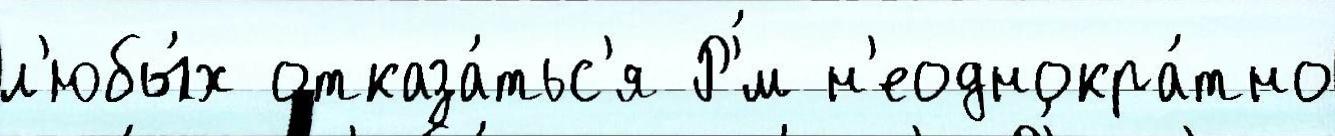
л'юбы́х отказа́тьс'я Р'́м н'еоднокра́тно